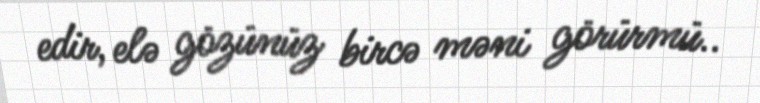
edir, elə gözünüz bircə məni görürmü..